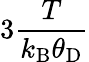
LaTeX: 3\frac{T}{k_{\mathrm{B}}\theta_{\mathrm{D}}}